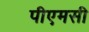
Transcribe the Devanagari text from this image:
पीएमसी